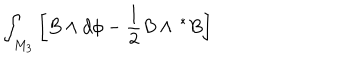
\int _ { M _ { 3 } } \left[ B \wedge d \phi - \frac 1 2 B \wedge \, ^ { * } B \right]